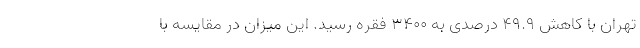
تهران با کاهش 49.9 درصدی به 3400 فقره رسید. این میزان در مقایسه با